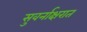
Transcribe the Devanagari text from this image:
सुवर्नाक्षरात